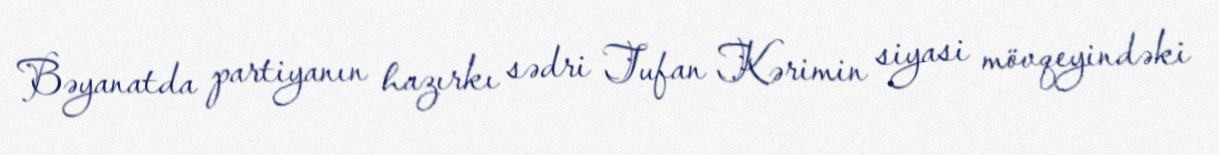
Bəyanatda partiyanın hazırkı sədri Tufan Kərimin siyasi mövqeyindəki